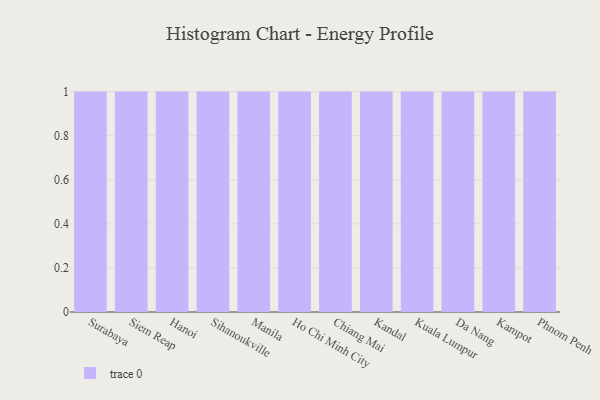
{"axis": {"x": "City", "y": "Energy Usage (MWh)"}, "legend": [""], "data": [{"x": "Surabaya", "y": 92, "type": ""}, {"x": "Siem Reap", "y": 85, "type": ""}, {"x": "Hanoi", "y": 99, "type": ""}, {"x": "Sihanoukville", "y": 74, "type": ""}, {"x": "Manila", "y": 23, "type": ""}, {"x": "Ho Chi Minh City", "y": 100, "type": ""}, {"x": "Chiang Mai", "y": 38, "type": ""}, {"x": "Kandal", "y": 49, "type": ""}, {"x": "Kuala Lumpur", "y": 94, "type": ""}, {"x": "Da Nang", "y": 72, "type": ""}, {"x": "Kampot", "y": 21, "type": ""}, {"x": "Phnom Penh", "y": 84, "type": ""}]}